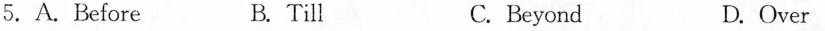
5.A.Before B.Till C. Beyond D.Over